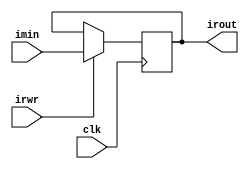
module ir(clk, irwr, imin, irout);
  
  input clk, irwr;
  input [31:0]imin;
  output reg [31:0] irout;
  
  always@(posedge clk)
  begin
    if(irwr)
      begin
        irout = imin;
      end
  end
  
endmodule